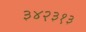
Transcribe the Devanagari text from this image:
३४२३१३